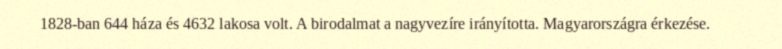
1828-ban 644 háza és 4632 lakosa volt. A birodalmat a nagyvezíre irányította. Magyarországra érkezése.